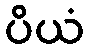
ပိယံ